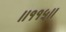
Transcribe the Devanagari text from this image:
।।११५।।